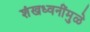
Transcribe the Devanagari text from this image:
शंखध्वनींमुळे